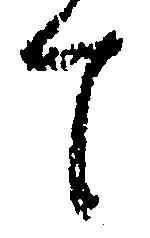
て